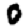
Digit: 0